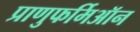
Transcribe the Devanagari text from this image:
प्राणुफर्मिऑन